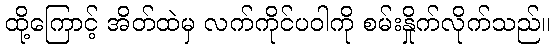
ထို့ကြောင့် အိတ်ထဲမှ လက်ကိုင်ပဝါကို စမ်းနှိုက်လိုက်သည်။